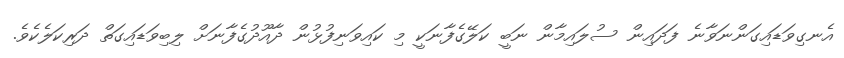
އެނގިވަޑައިގަންނަވާނެ ފަދައިން ސުލައިމާން ނަބީ ކަލޭގެފާނަކީ މި ކައިވަނިފުޅުން ދާއޫދުގެފާނަށް ލިބިވަޑައިގަތް ދަރިކަލެކެވެ.